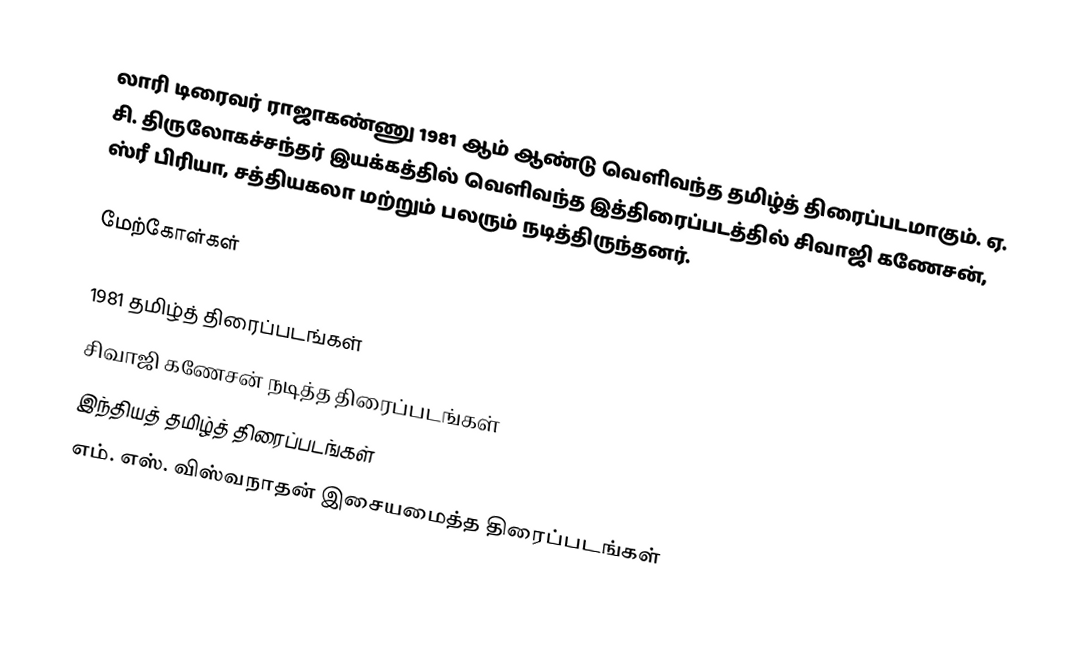
லாரி டிரைவர் ராஜாகண்ணு 1981 ஆம் ஆண்டு வெளிவந்த தமிழ்த் திரைப்படமாகும். ஏ. சி. திருலோகச்சந்தர் இயக்கத்தில் வெளிவந்த இத்திரைப்படத்தில் சிவாஜி கணேசன், ஸ்ரீ பிரியா, சத்தியகலா மற்றும் பலரும் நடித்திருந்தனர்.

மேற்கோள்கள்

1981 தமிழ்த் திரைப்படங்கள்
சிவாஜி கணேசன் நடித்த திரைப்படங்கள்
இந்தியத் தமிழ்த் திரைப்படங்கள்
எம். எஸ். விஸ்வநாதன் இசையமைத்த திரைப்படங்கள்